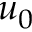
u _ { 0 }